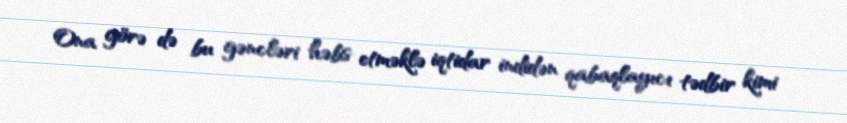
Ona görə də bu gəncləri həbs etməklə iqtidar indidən qabaqlayıcı tədbir kimi